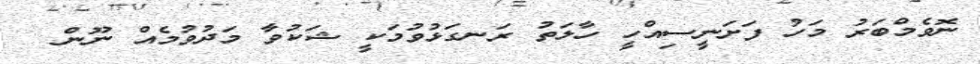
ނޮވެމްބަރު މަހު ފަށަނީސިއްހީ ހާލަތު ރަނގަޅުވުމަކީ ޝަކުވާ މަދުވުމެއް ނޫން